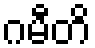
ဂမီတိ